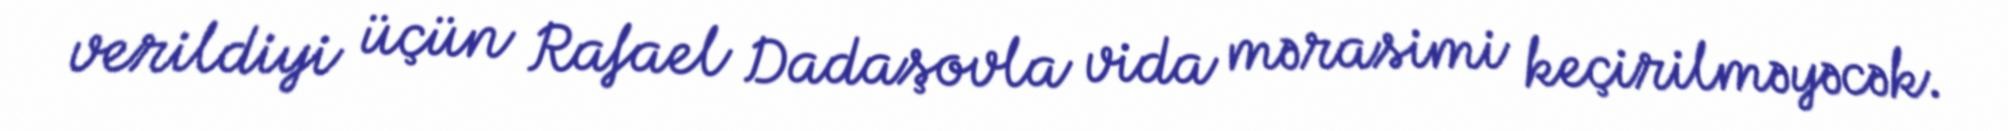
verildiyi üçün Rafael Dadaşovla vida mərasimi keçirilməyəcək.